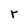
Character: r